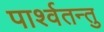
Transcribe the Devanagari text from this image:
पार्श्वतन्तु